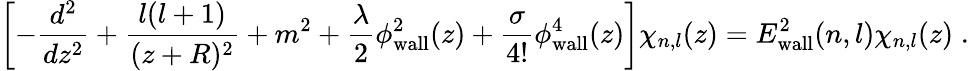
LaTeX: \left[-\frac{d^{2}}{dz^{2}}+\frac{l(l+1)}{(z+R)^{2}}+m^{2}+\frac{\lambda}{2}\phi_{\mathrm{wall}}^{2}(z)+\frac{\sigma}{4!}\phi_{\mathrm{wall}}^{4}(z)\right]\chi_{n,l}(z)=E_{\mathrm{wall}}^{2}(n,l)\chi_{n,l}(z)\; .